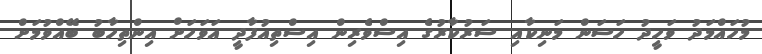
މުހައްމަދު ވަހީދު ހަސަން މަނިކާއި ސަރުކާރުގެ އިސްވެރިން އިސްތިއުފާދީ އަވަހަށް އިންތިހާބު ބޭއްވުމަށް